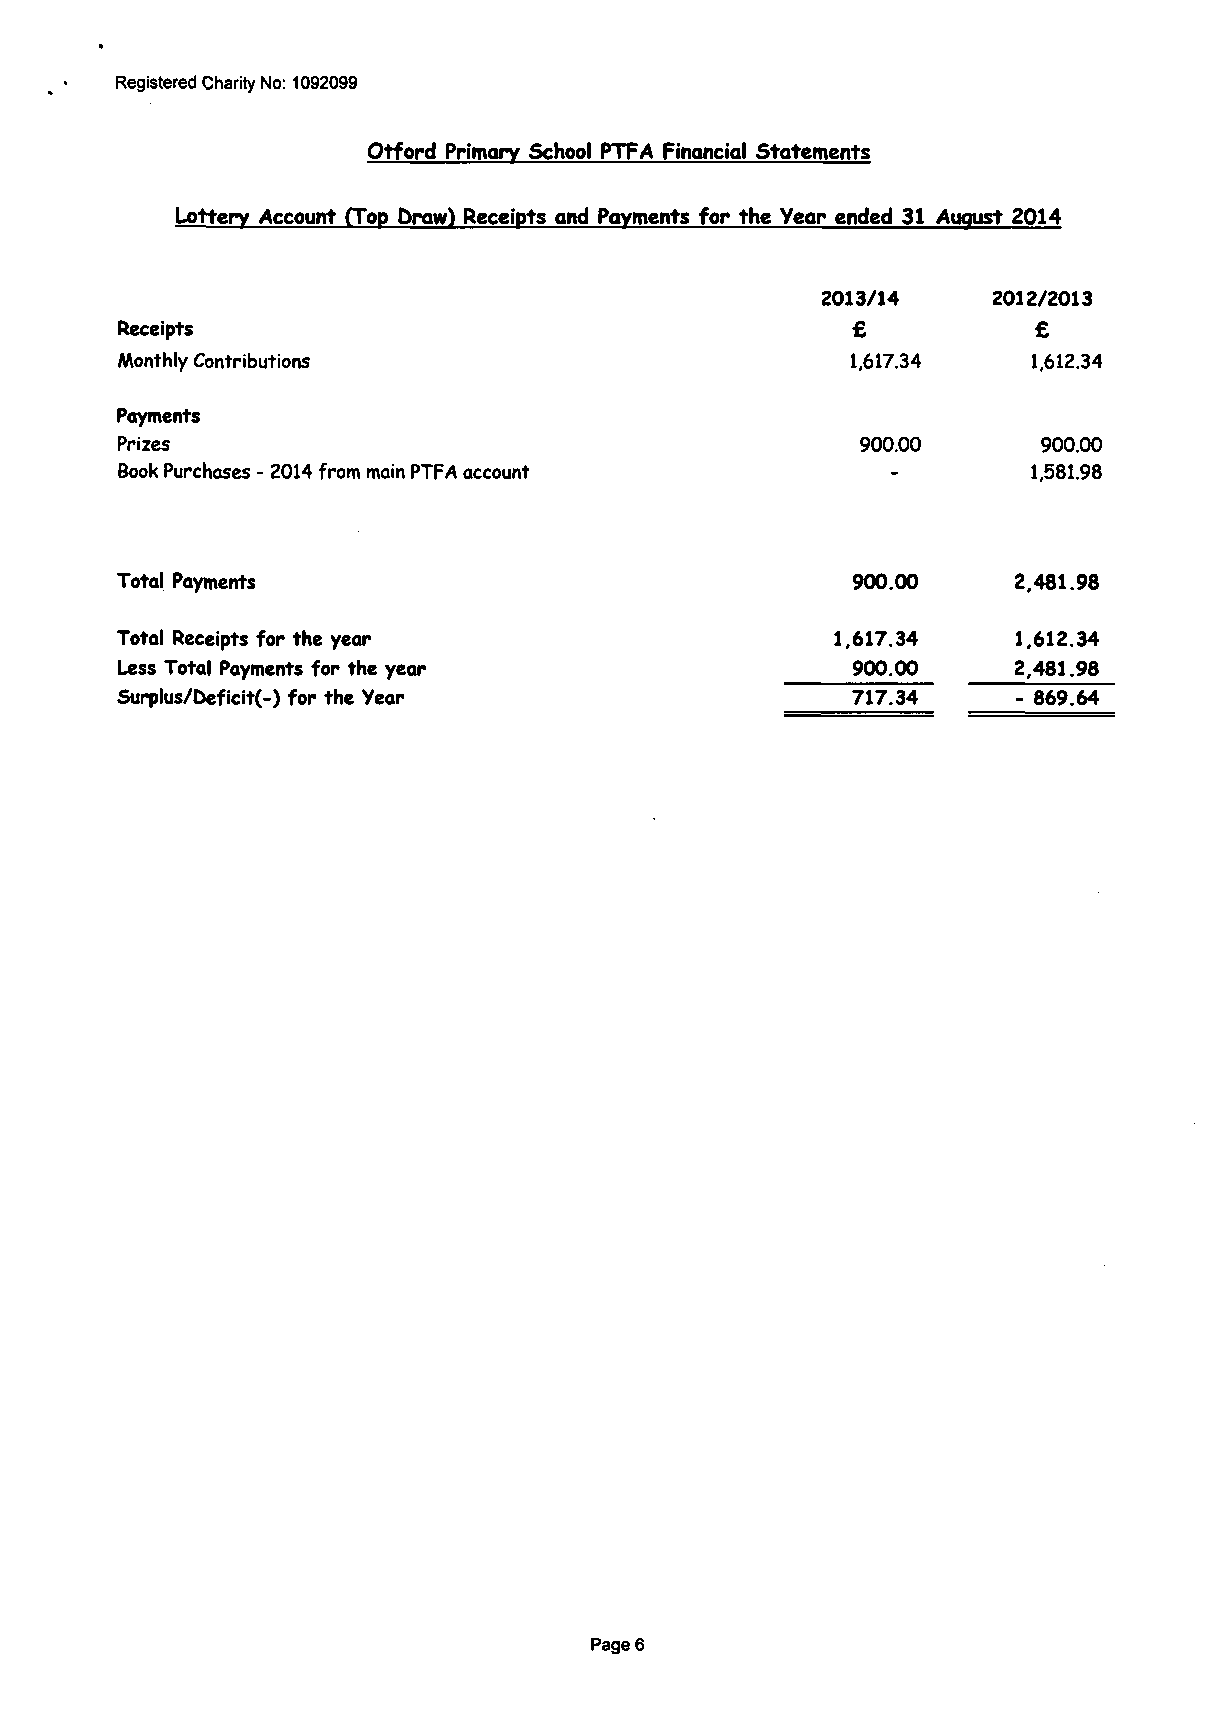
Registered Charity No: 1092099
 Otford Primary School PTFA Financial Statements
 Lottery Account (Top Draw) Receipts and Payments for the Year ended 31 August 2014
 €
 2013/14     2012/2013
 Receipts                                                    £
 Monthly Contributions                                       1,612.34
 1,617.34
 Payments
 Prizes                                                       900.00
 Book Purchases - 2014 from main PTFA account                1,581.98
 900.00
 Total Payments                                   900.00    2,481.98
 Total Receipts for the year                    1.617.34    1.612.34
 Less Total Payments for the year                 900.00    2,481.98
 Surplus/Deficit(-) for the Year                 717.34     - 869.64
 Page 6